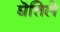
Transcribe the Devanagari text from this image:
घॆत्तिले